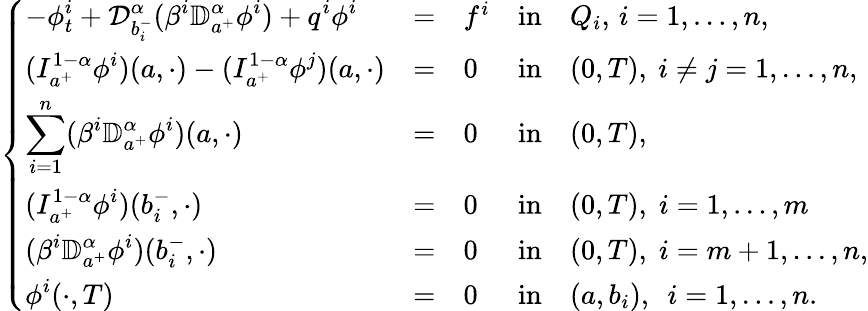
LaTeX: \left\{ \begin{array}{lllllllllllllllll}{\displaystyle-\phi_{t}^{i}+\mathcal{D}_{b_{i}^{-}}^{\alpha}(\beta^{i}\mathbb{D}_{a^{+}}^{\alpha}\phi^{i})+q^{i}\phi^{i}}&{=}&{f^{i}}&{\mathrm{in}}&{Q_{i},\, i=1,\dots,n,}\\ {\displaystyle(I_{a^{+}}^{1-\alpha}\phi^{i})(a,\cdot)-(I_{a^{+}}^{1-\alpha}\phi^{j})(a,\cdot)}&{=}&{0}&{\mathrm{in}}&{(0,T),~i\neq j=1,\dots,n,}\\ {\displaystyle\sum_{i=1}^{n}(\beta^{i}\mathbb{D}_{a^{+}}^{\alpha}\phi^{i})(a,\cdot)}&{=}&{0}&{\mathrm{in}}&{(0,T),}\\ {\displaystyle(I_{a^{+}}^{1-\alpha}\phi^{i})(b_{i}^{-},\cdot)}&{=}&{0}&{\mathrm{in}}&{(0,T),\; i=1,\dots,m}\\ {\displaystyle(\beta^{i}\mathbb{D}_{a^{+}}^{\alpha}\phi^{i})(b_{i}^{-},\cdot)}&{=}&{0}&{\mathrm{in}}&{(0,T),\; i=m+1,\dots,n,}\\ {\displaystyle\phi^{i}(\cdot,T)}&{=}&{0}&{\mathrm{in}}&{(a,b_{i}),~~i=1,\dots,n.}\end{array}\right.